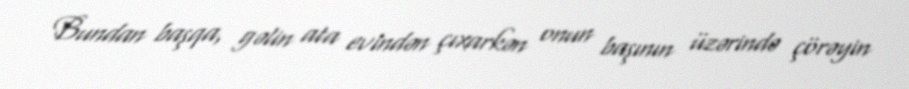
Bundan başqa, gəlin ata evindən çıxarkən onun başının üzərində çörəyin